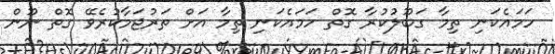
ހަމައެކަނި ތިމާ ގަބޫލުކުރާ ގޮތް ހަމައެކަނި ތިމާ އަށް ތަރުޖަމާކުރެވޭ ގޮތް ނޫން